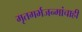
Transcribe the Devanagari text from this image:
मृतगर्भजन्मांचाही